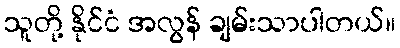
သူတို့ နိုင်ငံ အလွန် ချမ်းသာပါတယ်။